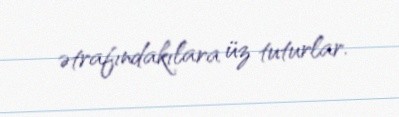
ətrafındakılara üz tuturlar.